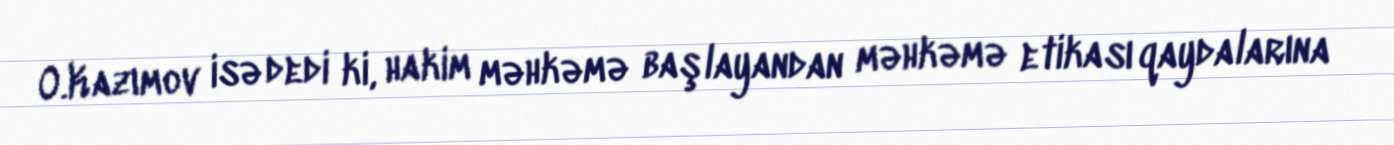
O.Kazımov isə dedi ki, hakim məhkəmə başlayandan məhkəmə etikası qaydalarına